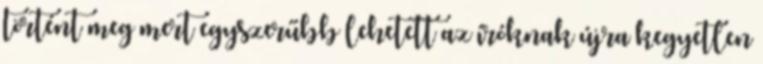
történt meg mert egyszerűbb lehetett az íróknak újra kegyetlen